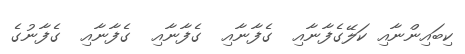
ކިބައިންނާއި ކަލޭގެފާނާއި  ގެފާނާއި  ގެފާނާއި  ގެފާނާއި  ގެފާނުގެ